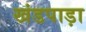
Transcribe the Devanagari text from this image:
खंडपाड़ा